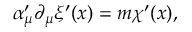
\alpha _ { \mu } ^ { \prime } \partial _ { \mu } \xi ^ { \prime } ( x ) = m \chi ^ { \prime } ( x ) ,